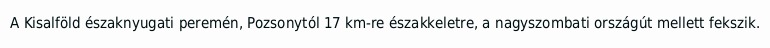
A Kisalföld északnyugati peremén, Pozsonytól 17 km-re északkeletre, a nagyszombati országút mellett fekszik.